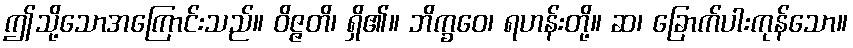
ဤသို့သောအကြောင်းသည်။ ဝိဇ္ဇတိ၊ ရှိ၏။ ဘိက္ခဝေ၊ ရဟန်းတို့။ ဆ၊ ခြောက်ပါးကုန်သော။